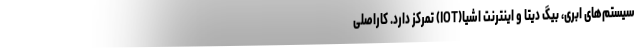
سیستم‌های ابری، بیگ دیتا و اینترنت اشیا(IOT) تمرکز دارد. کاراصلی